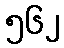
၅၆၂